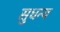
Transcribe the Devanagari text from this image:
सुधन्य